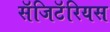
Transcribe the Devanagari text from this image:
सॅजिटॅरियस